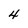
Character: 4